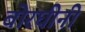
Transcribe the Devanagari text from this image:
बोरघीनी